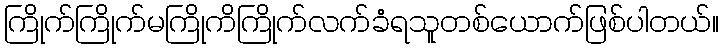
ကြိုက်ကြိုက်မကြိုကိကြိုက်လက်ခံရသူတစ်ယောက်ဖြစ်ပါတယ်။